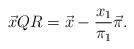
LaTeX: \begin{align*}\vec{x}QR = \vec{x} - \frac{x_1}{\pi_1} \vec{\pi}.\end{align*}